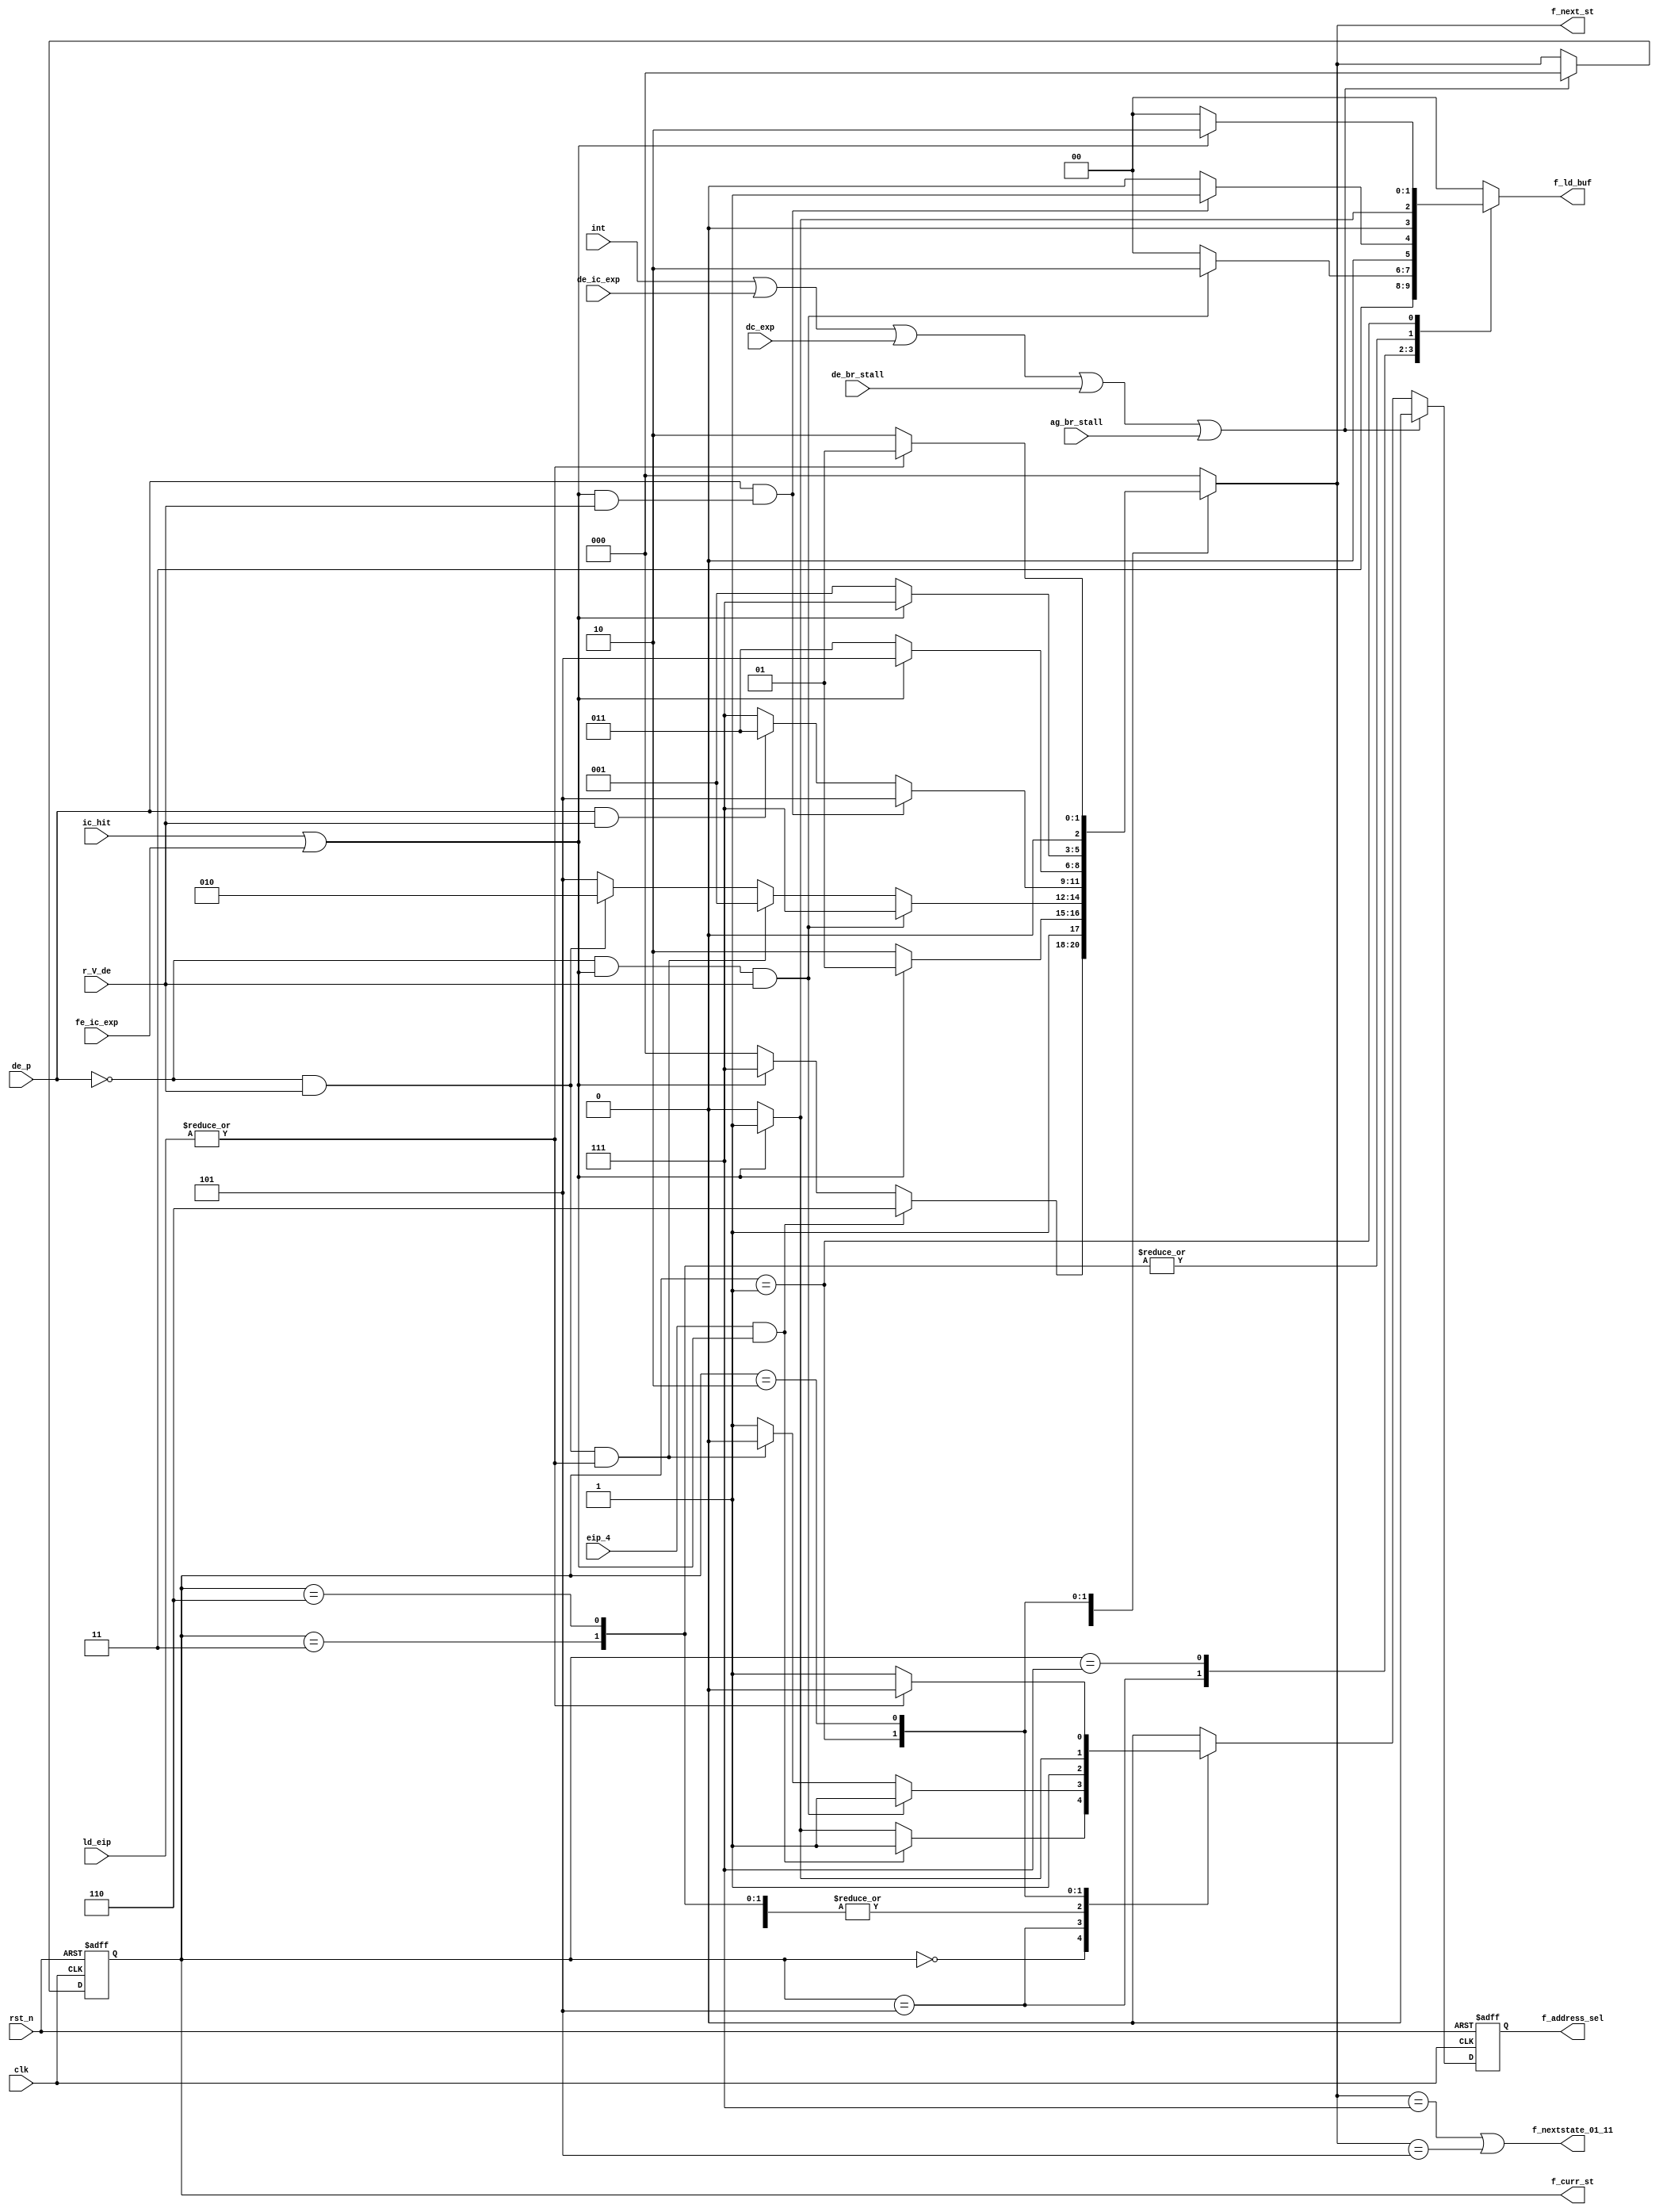
module fetch_fsm(
  input     clk,
  input     rst_n,
  input     de_p,
  input     eip_4,
  input     ic_hit,
  input     r_V_de,
  input     int,
  input     fe_ic_exp,
  input     de_ic_exp,
  input     dc_exp,
  input     de_br_stall,
  input     ag_br_stall,
  input[1:0] ld_eip,
  output reg [1:0] f_ld_buf,
  output reg [2:0] f_curr_st,
  output reg [2:0] f_next_st,
  output reg  f_address_sel,
  output      f_nextstate_01_11
  );

  localparam IDLE    = 3'b000;
  localparam STATE_11  = 3'b111;
  localparam STATE_01  = 3'b101;
  localparam STATE_10  = 3'b110;
  localparam FE_STALL_11 = 3'b011;
  localparam FE_STALL_01 = 3'b001;
  localparam FE_STALL_01_WAIT = 3'b010;

  reg next_f_address_sel;

  assign ic_hit_or_exp = ic_hit || fe_ic_exp;

  always @(*) begin
    case(f_curr_st)
    IDLE : begin
      if(eip_4 && ic_hit_or_exp) begin
        f_next_st <= STATE_10;
        next_f_address_sel = 1'b1;
        f_ld_buf <= 2'b11;
      end
      else if (ic_hit_or_exp) begin
        f_next_st <= STATE_11;
        next_f_address_sel = 1'b1;
        f_ld_buf <= 2'b11;
      end
      else begin
        f_next_st <= IDLE;
        next_f_address_sel = 1'b0;
        f_ld_buf <= 2'b11;
      end
    end

    STATE_10 : begin
      if(ic_hit_or_exp) begin
        f_next_st <= STATE_01;
        next_f_address_sel = 1'b1;
        f_ld_buf <= 2'b01;
      end
      else begin
        f_next_st <= STATE_10;
        next_f_address_sel = 1'b1;
        f_ld_buf <= 2'b00;
      end
    end

    STATE_01 : begin
      if(~de_p && ic_hit_or_exp && r_V_de) begin
        f_next_st <= STATE_11;
        next_f_address_sel = 1'b1;
        f_ld_buf <= 2'b10;
      end
      else if(~de_p && r_V_de && (|ld_eip)) begin
        f_next_st <= FE_STALL_01;
        next_f_address_sel = 1'b0;
        f_ld_buf <= 2'b00;
      end
      else if(~de_p && r_V_de) begin
        f_next_st <= FE_STALL_01_WAIT;
        next_f_address_sel = 1'b1;
        f_ld_buf <= 2'b00;
      end
      else begin
        f_next_st <= STATE_01;
        next_f_address_sel = 1'b1;
        f_ld_buf <= 2'b00;
      end
    end

    STATE_11 : begin
      if(de_p && ic_hit_or_exp & r_V_de) begin
        f_next_st <= STATE_01;
        next_f_address_sel = 1'b1;
        f_ld_buf <= 2'b01;
      end
      else if(de_p && r_V_de) begin
        f_next_st <= FE_STALL_11;
        next_f_address_sel = 1'b1;
        f_ld_buf <= 2'b00;
      end
      else begin
        f_next_st <= STATE_11;
        next_f_address_sel = 1'b1;
        f_ld_buf <= 2'b00;
      end
    end

    FE_STALL_11 : begin
      if(ic_hit_or_exp) begin
        f_next_st <= STATE_01;
        next_f_address_sel = 1'b1;
        f_ld_buf <= 2'b01;
      end
      else begin
        f_next_st <= FE_STALL_11;
        next_f_address_sel = 1'b1;
        f_ld_buf <= 2'b00;
      end
    end

    FE_STALL_01 : begin
      if(ic_hit_or_exp) begin
        f_next_st <= STATE_11;
        next_f_address_sel = 1'b1;
        f_ld_buf <= 2'b10;
      end
      else begin
        f_next_st <= FE_STALL_01;
        next_f_address_sel = 1'b0;
        f_ld_buf <= 2'b00;
      end
    end
 
    FE_STALL_01_WAIT : begin
      if(|ld_eip) begin
        f_next_st <= FE_STALL_01;
        next_f_address_sel = 1'b0;
        f_ld_buf <= 2'b00;
      end
      else begin
        f_next_st <= FE_STALL_01_WAIT;
        next_f_address_sel = 1'b1;
        f_ld_buf <= 2'b00;
      end
    end
 
    default : begin
        f_next_st <= IDLE;
        next_f_address_sel = 1'b0;
        f_ld_buf <= 2'b00;      
    end
 
    endcase
  end

  always @(posedge clk or negedge rst_n) begin
    if(~rst_n) begin
      f_curr_st <= IDLE;
      f_address_sel <= 1'b0;
    end
    else if(int | de_ic_exp | dc_exp | de_br_stall | ag_br_stall) begin
      f_curr_st <= IDLE;
      f_address_sel <= 1'b0;
    end
    else begin
      f_curr_st <= f_next_st;
      f_address_sel <= next_f_address_sel;
    end
  end
 
  assign f_nextstate_01_11 = (f_next_st==STATE_11) || (f_next_st==STATE_01) ; 
endmodule